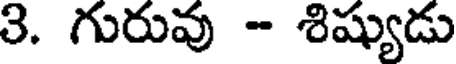
3. గురువు - శిష్యుడు